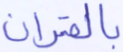
بالقرآن